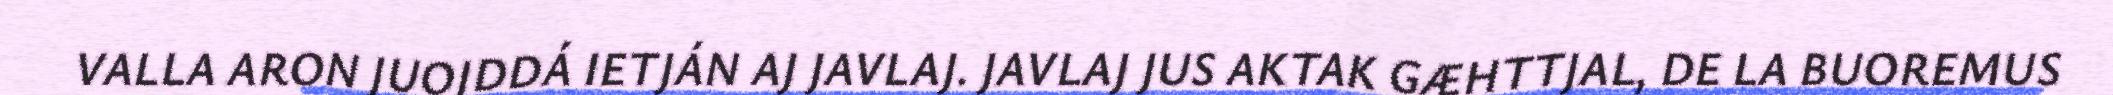
VALLA ARON JUOJDDÁ IETJÁN AJ JAVLAJ. JAVLAJ JUS AKTAK GÆHTTJAL, DE LA BUOREMUS